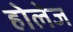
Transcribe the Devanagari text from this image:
होलेज